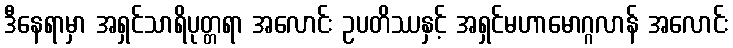
ဒီနေရာမှာ အရှင်သာရိပုတ္တရာ အလောင်း ဥပတိဿနှင့် အရှင်မဟာမောဂ္ဂလာန် အလောင်း